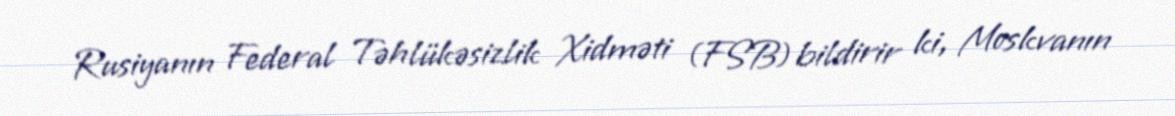
Rusiyanın Federal Təhlükəsizlik Xidməti (FSB) bildirir ki, Moskvanın